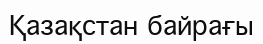
Қазақстан байрағы